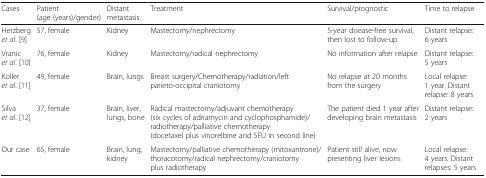
<table><thead><tr><td><b>Cases</b></td><td><b>Patient (age (years)/gender)</b></td><td><b>Distant metastasis</b></td><td><b>Treatment</b></td><td><b>Survival/prognostic</b></td><td><b>Time to relapse</b></td></tr></thead><tbody><tr><td>Herzberg <i>et al</i>. [9]</td><td>57, female</td><td>Kidney</td><td>Mastectomy/nephrectomy</td><td>5-year disease-free survival, then lost to follow-up</td><td>Distant relapse: 6 years</td></tr><tr><td>Vranic <i>et al</i>. [10]</td><td>76, female</td><td>Kidney</td><td>Mastectomy/radical nephrectomy</td><td>No information after relapse</td><td>Distant relapse: 5 years</td></tr><tr><td>Koller <i>et al</i>. [11]</td><td>49, female</td><td>Brain, lungs</td><td>Breast surgery/Chemotherapy/radiation/left parieto-occipital craniotomy</td><td>No relapse at 20 months from the surgery</td><td>Local relapse: 1 year. Distant relapse: 8 years</td></tr><tr><td>Silva <i>et al</i>. [12]</td><td>37, female</td><td>Brain, liver, lungs, bone</td><td>Radical mastectomy/adjuvant chemotherapy (six cycles of adriamycin and cyclophosphamide)/radiotherapy/palliative chemotherapy (docetaxel plus vinorelbine and 5FU in second line)</td><td>The patient died 1 year after developing brain metastasis</td><td>Distant relapse: 2 years</td></tr><tr><td>Our case</td><td>65, female</td><td>Brain, lung, kidney</td><td>Mastectomy/palliative chemotherapy (mitoxantrone)/thoracotomy/radical nephrectomy/craniotomy plus radiotherapy</td><td>Patient still alive, now presenting liver lesions</td><td>Local relapse: 4 years. Distant relapses: 5 years</td></tr></tbody></table>